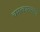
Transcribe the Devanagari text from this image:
चमत्‍कारस्‍वरूप